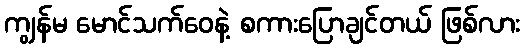
ကျွန်မ မောင်သက်ဝေနဲ့ စကားပြောချင်တယ် ဖြစ်လား